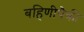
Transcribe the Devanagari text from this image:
बहिणीपैकी